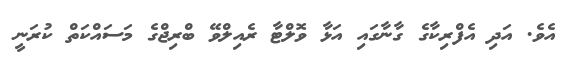
އެވެ. އަދި އެފްރިކާގެ ގާނާގައި އަޅާ ވޮލްޓާ ރެއިލްވޭ ބްރިޖްގެ މަސައްކަތް ކުރަނީ